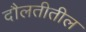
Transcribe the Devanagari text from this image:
दौलतीतील